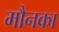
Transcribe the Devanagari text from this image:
मौनका